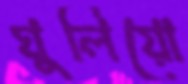
ঘুলিয়ো